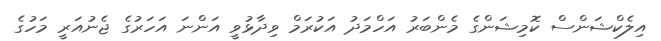
އިލެކްޝަންސް ކޮމިޝަންގެ މެންބަރު އަހްމަދު އަކުރަމް ވިދާޅުވީ އަންނަ އަހަރުގެ ޖެނުއަރީ މަހުގެ